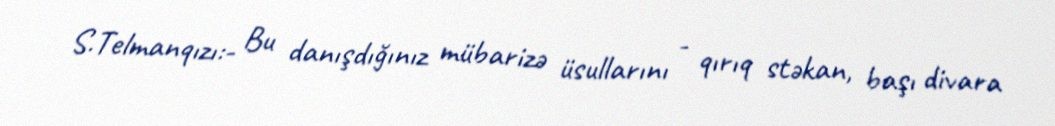
S.Telmanqızı:- Bu danışdığınız mübarizə üsullarını - qırıq stəkan, başı divara